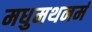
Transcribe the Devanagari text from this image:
मधुमथनमं